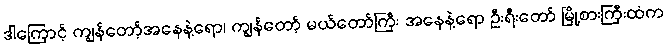
ဒါကြောင့် ကျွန်တော့်အနေနဲ့ရော၊ ကျွန်တော့် မယ်တော်ကြီး အနေနဲ့ရော ဦးရီးတော် မြို့စားကြီးထံက